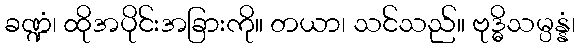
ခဏ္ဍံ၊ ထိုအပိုင်းအခြားကို။ တယာ၊ သင်သည်။ ဗုဒ္ဓိသမ္ပန္နံ၊